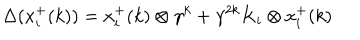
LaTeX: \Delta ( x _ { i } ^ { + } ( k ) ) = x _ { i } ^ { + } ( k ) \otimes \gamma ^ { k } + \gamma ^ { 2 k } K _ { i } \otimes x _ { i } ^ { + } ( k )